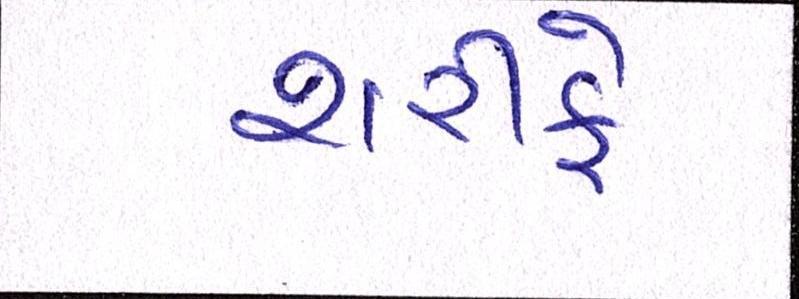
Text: શરીફે